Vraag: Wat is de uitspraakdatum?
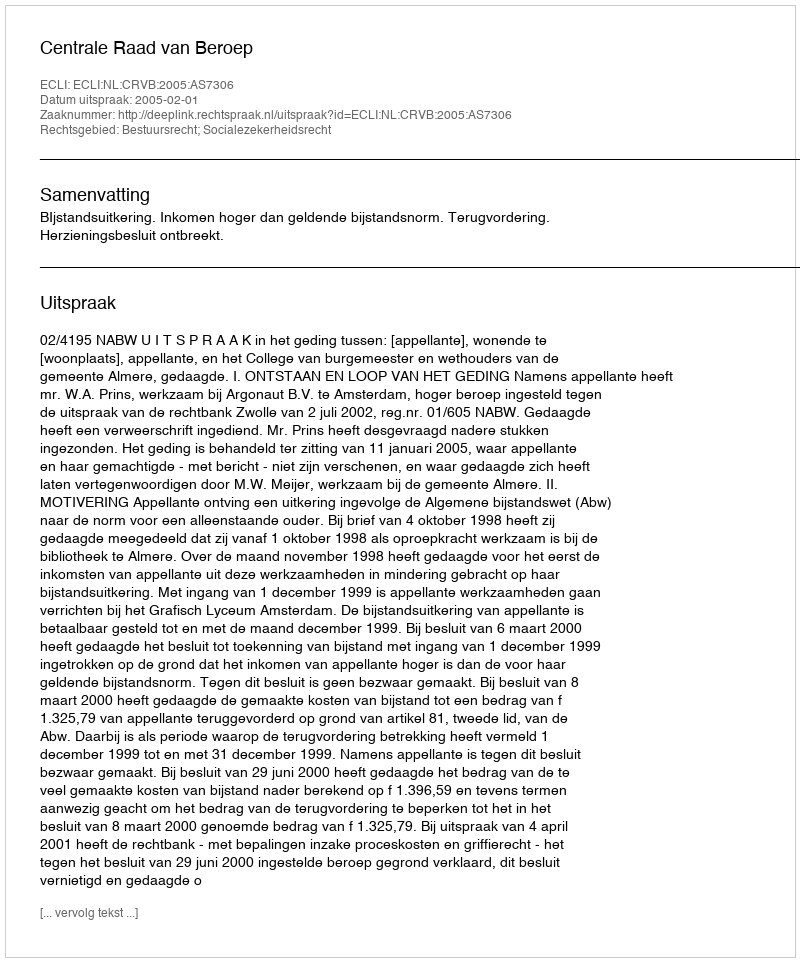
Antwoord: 2005-02-01